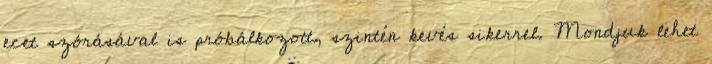
ecet szórásával is próbálkozott, szintén kevés sikerrel. Mondjuk lehet